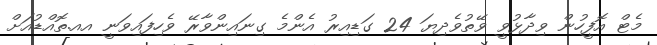
މެޓް އޮފީހުން ވިދާޅުވީ ވޭތުވެދިޔަ 24 ގަޑިއިރު އެންމެ ގިނައިންވާރޭ ވެހިފައިވަނީ އއ.ތޮއްޑުއަށް